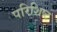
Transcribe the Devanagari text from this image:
परिशिष्‍ट